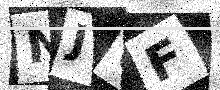
Text: NJ6F